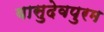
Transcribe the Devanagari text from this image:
वासुदेवपुरम